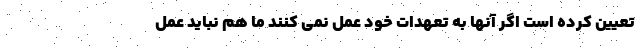
تعیین کرده است اگر آنها به تعهدات خود عمل نمی کنند ما هم نباید عمل